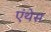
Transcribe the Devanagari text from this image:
एंथेस